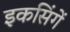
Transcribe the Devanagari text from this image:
इकसिंगें